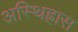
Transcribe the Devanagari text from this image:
अस्थिह्रास